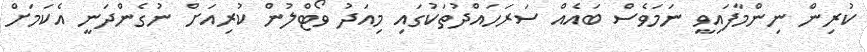
ކުރިން ނިންމާފައިވީ ނަމަވެސް ބައެއް ސަރަހައްދުތަކުގައި މިއަދު ވޯޓްލުން ކުރިއަށް ނުގެންދަނީ އެކަމަށް